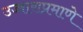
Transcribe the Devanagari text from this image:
उच्चाराप्रमाणे